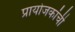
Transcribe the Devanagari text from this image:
प्रायोजकांची